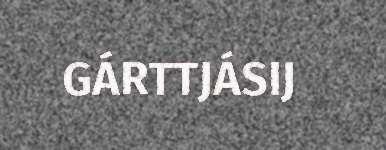
GÁRTTJÁSIJ